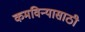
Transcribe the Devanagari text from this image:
कमविन्यासाठी